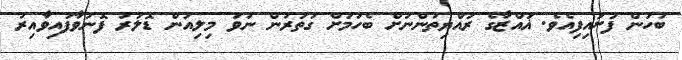
ބަހަން ފަށައިފިއެވެ. ޣައްޒާގެ ރައްޔިތުންނަށް ބެހުމަށް ގަތަރުން ނުވަ މިލިއަން ޑޮލަރު ފޮނުވާފައިވާއިރު